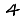
Digit: 4